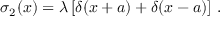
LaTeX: \sigma _ { 2 } ( x ) = \lambda \left[ \delta ( x + a ) + \delta ( x - a ) \right] \, .